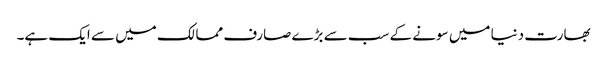
بھارت دنیا میں سونے کے سب سے بڑے صارف ممالک میں سے ایک ہے۔